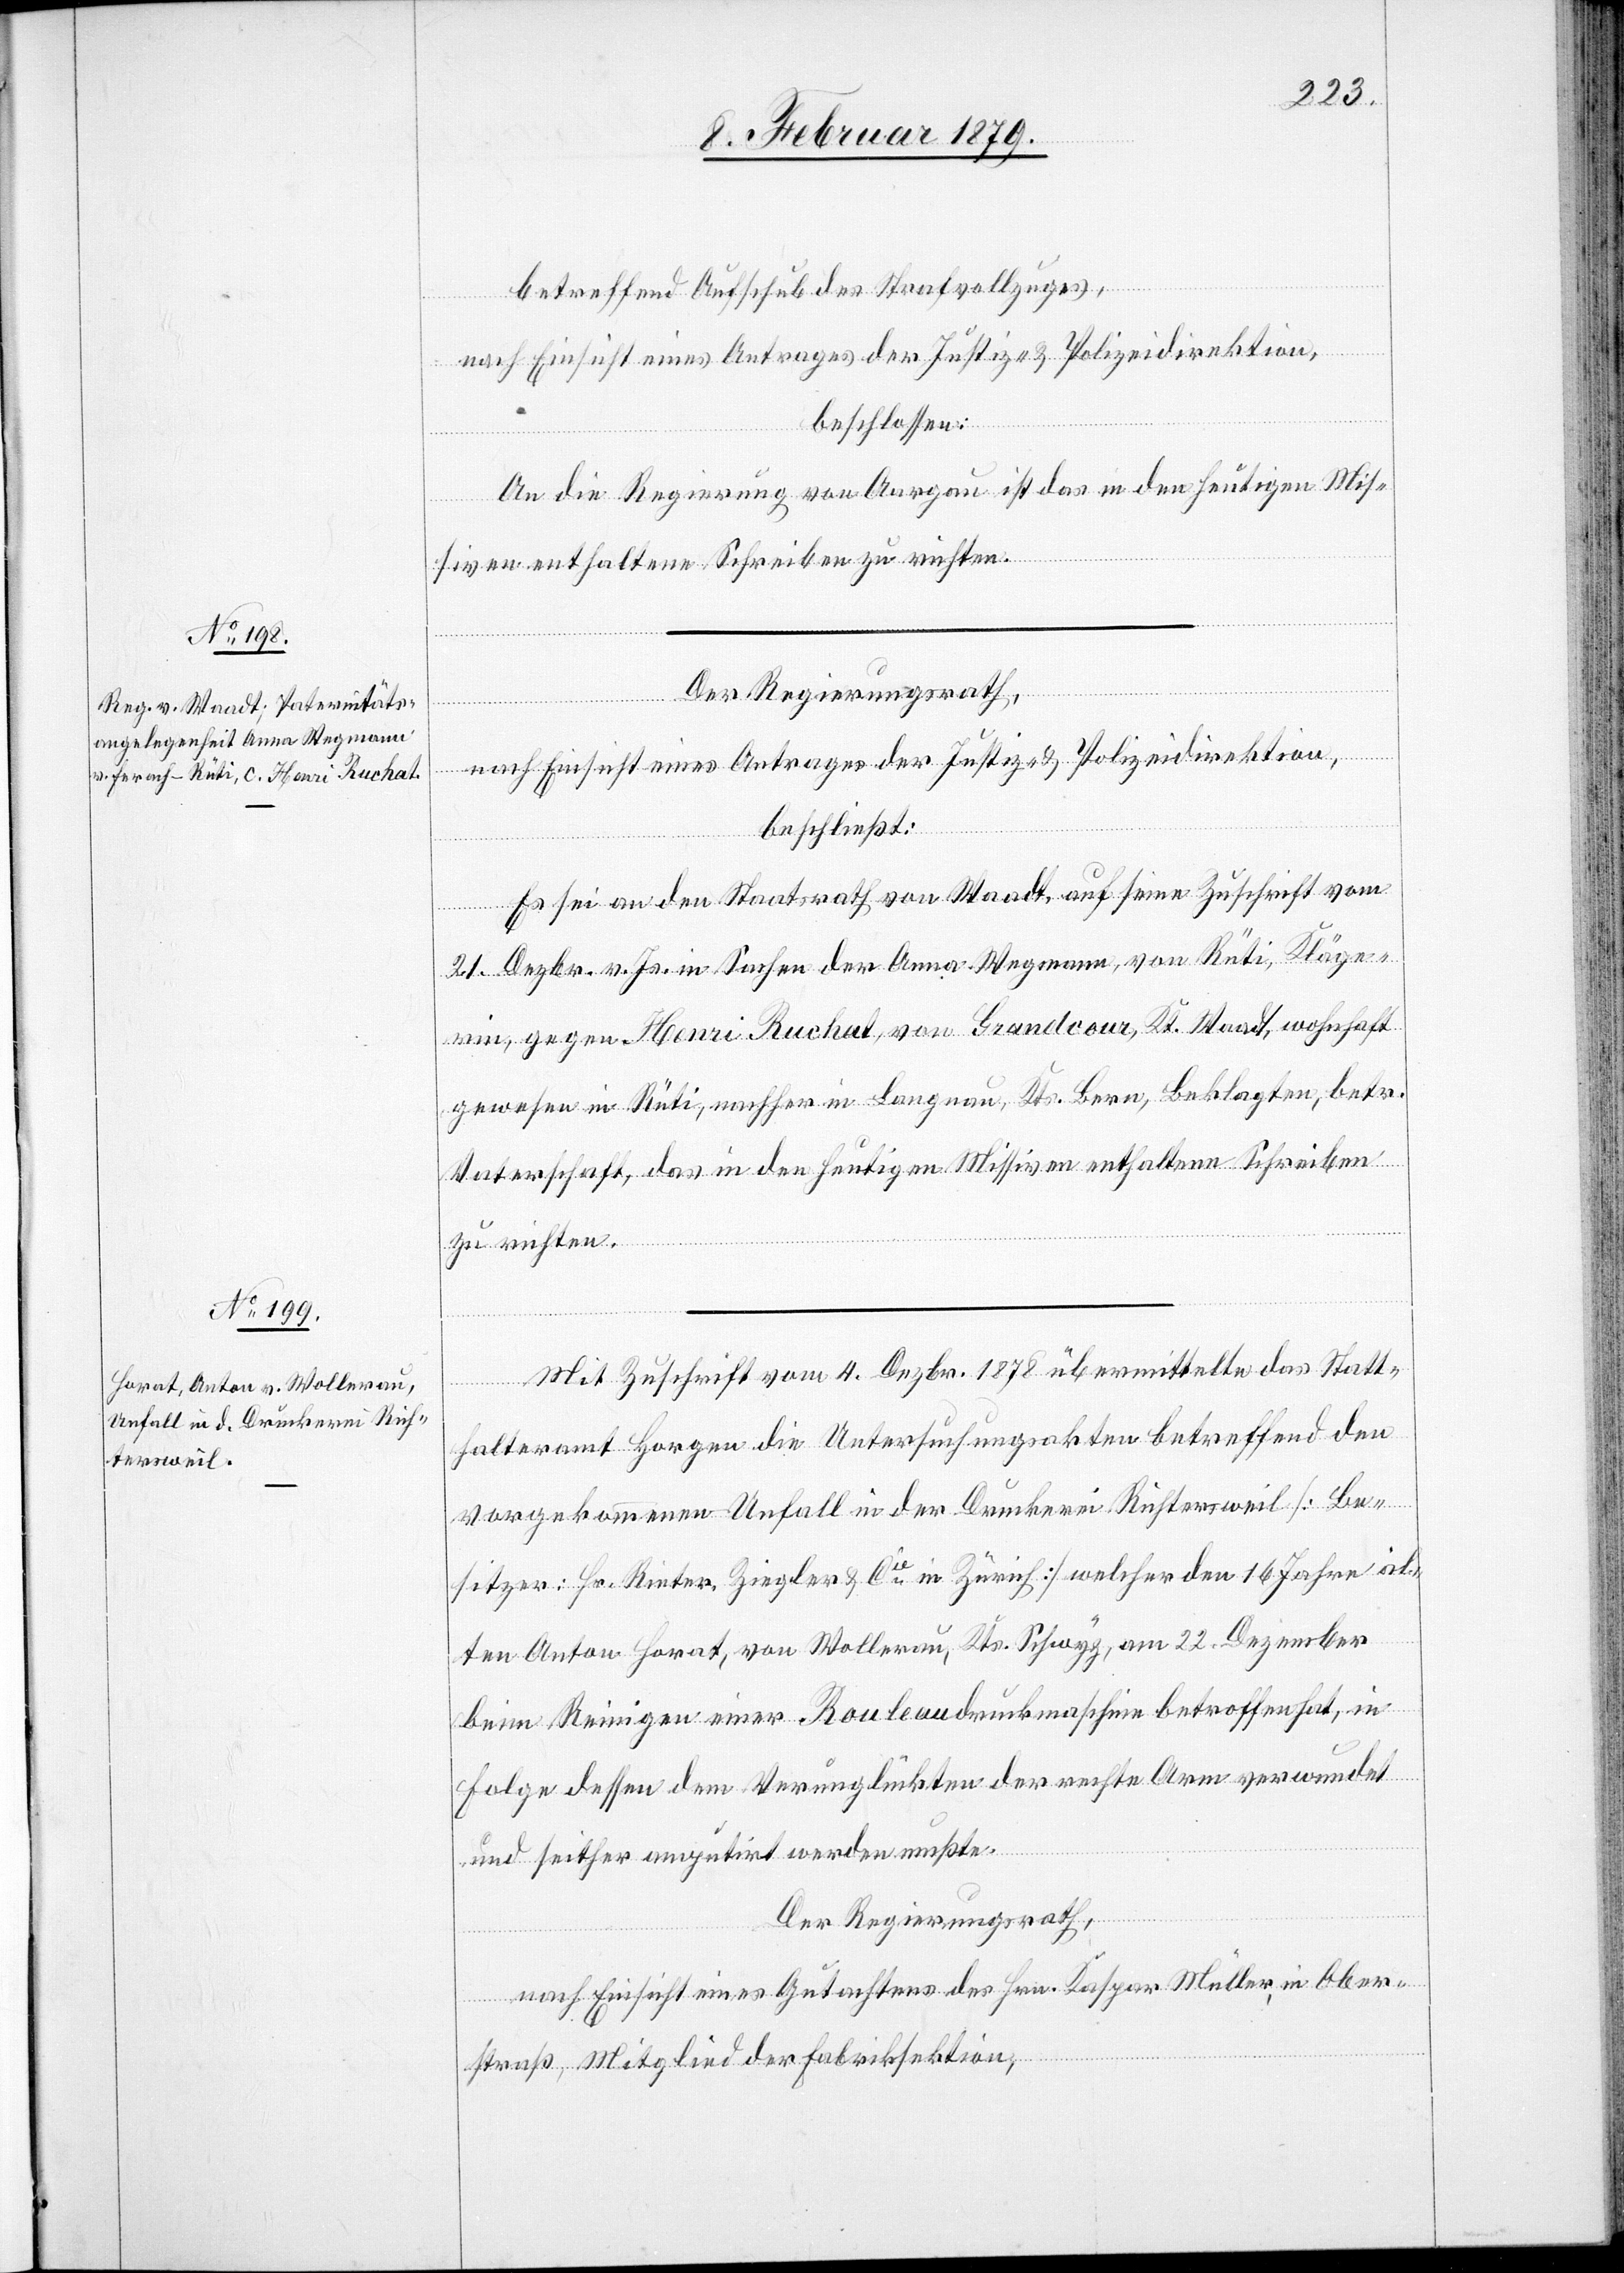
betreffend Aufschub des Strafvollzuges,
nach Einsicht eines Antrages der Justiz- & Polizeidirektion,
beschlossen:
An die Regierung von Aargau ist das in den heutigen Mis¬
siven enthaltene Schreiben zu richten.
Der Regierungsrath,
nach Einsicht eines Antrages der Justiz- & Polizeidirektion,
beschließt:
Es sei an den Staatsrath von Waadt auf seine Zuschrift vom
21. Dezbr. v. Js. in Sachen der Anna Wegmann, von Rüti, Kläge¬
rin, gegen Henri Ruchat, von Grandcour, Kt. Waadt, wohnhaft
gewesen in Rüti, nachher in Langnau, Kts. Bern, Beklagten, betr.
Vaterschaft, das in den heutigen Missiven enthaltene Schreiben
zu richten.
Mit Zuschrift vom 4. Dezbr. 1878 übermittelte das Statt¬
halteramt Horgen die Untersuchungsakten betreffend den
vorgekommenen Unfall in der Druckerei Richtersweil [Be¬
sitzer: Hr. Rieter, Ziegler & Cie in Zürich] welcher den 16 Jahre al¬
ten Anton Horat, von Wollerau, Kts. Schwyz, am 22. Dezember
beim Reinigen einer Rouleaudruckmaschine betroffen hat, in
Folge dessen dem Verunglückten der rechte Arm verwundet
und seither amputirt werden mußte.
Der Regierungsrath
nach Einsicht eines Gutachtens des Hrn. Kaspar Müller, in Ober¬
straß, Mitglied der Fabriksektion,